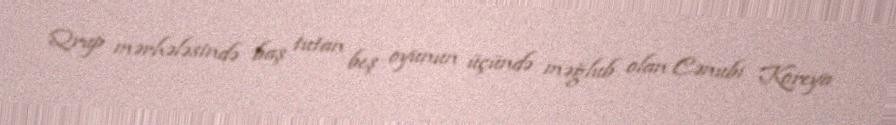
Qrup mərhələsində baş tutan beş oyunun üçündə məğlub olan Cənubi Koreya